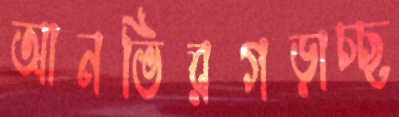
আনভিরগড়াচ্ছ